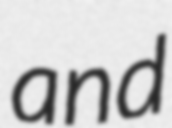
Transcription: and